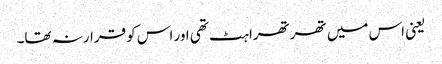
یعنی اس میں تھرتھراہٹ تھی اور اس کو قرارنہ تھا۔